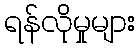
ရန်လိုမှုများ